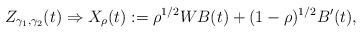
LaTeX: \begin{align*}Z_{\gamma_1,\gamma_2}(t)\Rightarrow X_\rho(t):= \rho^{1/2} W B(t)+(1-\rho)^{1/2}B'(t),\end{align*}